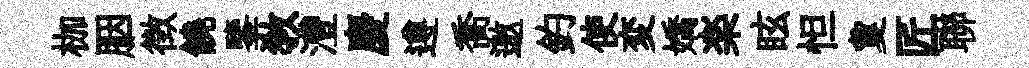
枷胭徴饒鑒教灃慶遵喬邀釣使変嬌楽眩怛夐匠聯